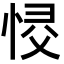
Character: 𢚌